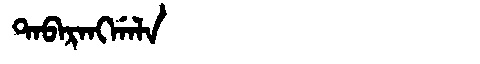
Manchu: ᡨᠠᠪᠠᡵᠠᠩᡤᠠᠯᠠ
Romanization: TABARANGGALA